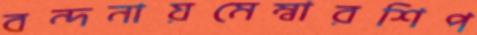
বন্দনায়মেম্বারশিপ